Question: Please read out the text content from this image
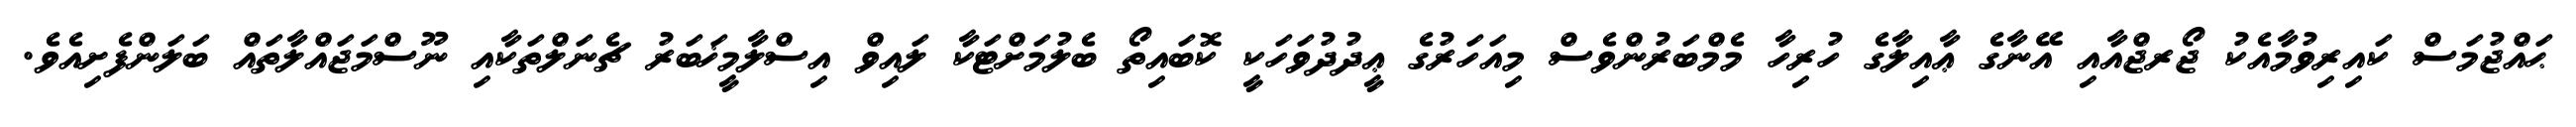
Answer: ޙައްޖުމަސް ކައިރިވުމާއެކު ޖޯރޖްއާއި އޭނާގެ ޢާއިލާގެ ހުރިހާ މެމްބަރުންވެސް މިއަހަރުގެ ޢީދުދުވަހަކީ ކޮބައިތޯ ބެލުމަށްޓަކާ ލައިވް އިސްލާމީޚަބަރު ޗެނަލްތަކާއި ނޫސްމަޖައްލާތައް ބަލަންފެށިއެވެ.